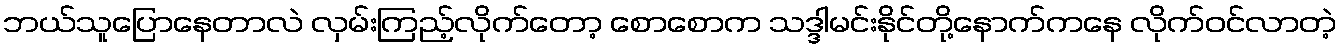
ဘယ်သူပြောနေတာလဲ လှမ်းကြည့်လိုက်တော့ စောစောက သဒ္ဒါမင်းနိုင်တို့နောက်ကနေ လိုက်ဝင်လာတဲ့